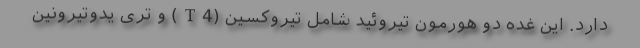
دارد. این غده دو هورمون تیروئید شامل تیروکسین (T4) و تری یدوتیرونین